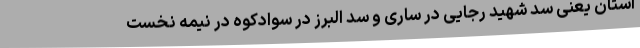
استان یعنی سد شهید رجایی در ساری و سد البرز در سوادکوه در نیمه نخست